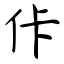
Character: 佧